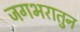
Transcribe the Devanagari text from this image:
जगभरातुन